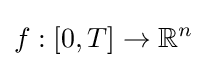
f:[0,T]\to \mathbb {R} ^{n}